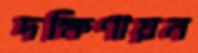
দক্ষিণায়ন